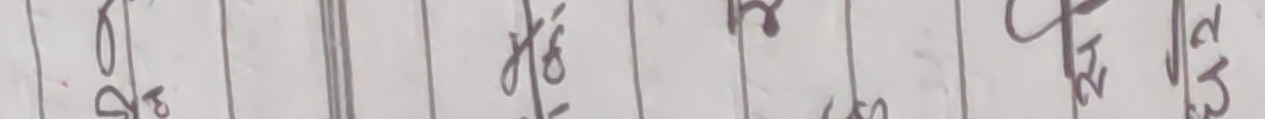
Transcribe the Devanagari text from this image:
२९ ठिक २४
ठिक १३